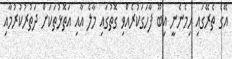
އޭގެ ތެރޭގައި ހިމެނެނީ އިބޫ ފާހަގަކުރެއްވި ގޮތުގައި މާލެ އާއި އަތޮޅުތަކަށް ދަތުރުކުރުމާއި